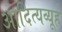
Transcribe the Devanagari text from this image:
आदित्यव्यूह